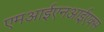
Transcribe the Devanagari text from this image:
एमआईएनआईएक्स